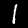
Label: 1